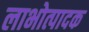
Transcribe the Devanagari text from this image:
लाभोत्पादक